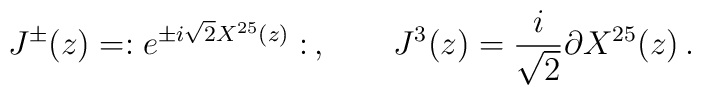
J^{\pm}(z) = :e^{\pm i\sqrt{2}X^{25}(z)}: \, ,  \qquad J^{3}(z) = \frac{i}{\sqrt{2}}\partial X^{25}(z) \, .